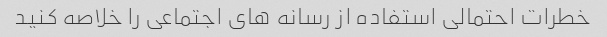
خطرات احتمالی استفاده از رسانه های اجتماعی را خلاصه کنید